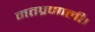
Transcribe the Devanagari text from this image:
मतप्रणाली।